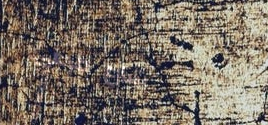
شارع فرعي